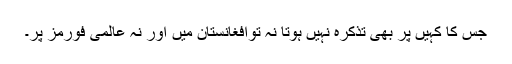
جس کا کہیں پر بھی تذکرہ نہیں ہوتا نہ توافغانستان میں اور نہ عالمی فورمز پر۔